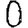
Digit: 0